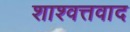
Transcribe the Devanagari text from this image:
शाश्वत्तवाद